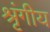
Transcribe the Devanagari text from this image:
श्रृंगीय